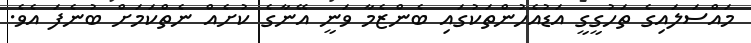
މައްސަލައިގެ ތަހުގީގީ އަޑުއެހުންތަކުގައި ބެންޒެމާ ވަނީ އޭނާގެ ކުށެއް ނެތްކަމަށް ބުނެފަ އެވެ.